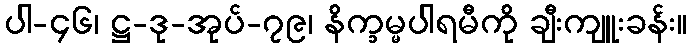
ပါ-၄၆၊ ဋ္ဌ-ဒု-အုပ်-၇၉၊ နိက္ခမ္မပါရမီကို ချီးကျူးခန်း။